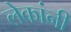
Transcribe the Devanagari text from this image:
लेकांनी